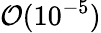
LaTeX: \mathcal{O}(10^{-5})